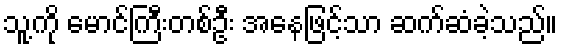
သူ့ကို မောင်ကြီးတစ်ဦး အနေဖြင့်သာ ဆက်ဆံခဲ့သည်။